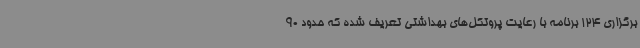
برگزاری 124 برنامه با رعایت پروتکل‌های بهداشتی تعریف شده که حدود 90